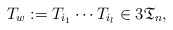
\begin{gather*}T_w:=T_{i_{1}} \cdots T_{i_{l}} \in 3 \mathfrak{T}_n,\end{gather*}